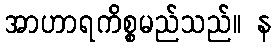
အာဟာရကိစ္စမည်သည်။ န